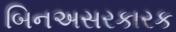
બિનઅસરકારક